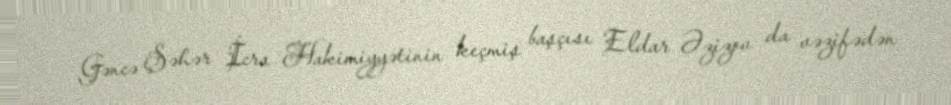
Gəncə Şəhər İcra Hakimiyyətinin keçmiş başçısı Eldar Əzizov da vəzifədən